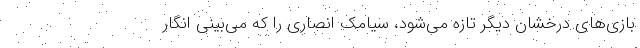
بازی‌های درخشان دیگر تازه می‌شود، سیامک انصاری را که می‌بینی انگار